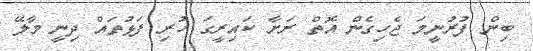
ބިން ފުރުނީމަ ޖެހިގެން އޮތް ރަށާ ކައިރީގަ ހުރި ފަޅުތައް ދިނީ މާލޭ